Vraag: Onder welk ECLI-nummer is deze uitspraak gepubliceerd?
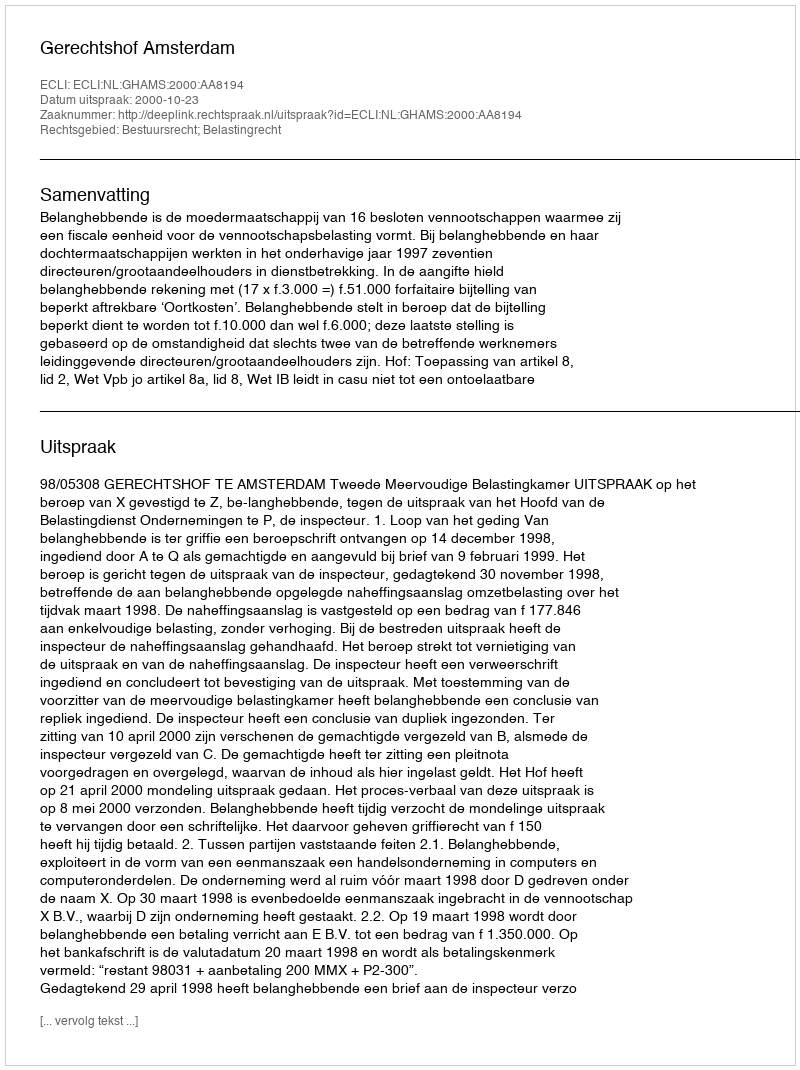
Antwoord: ECLI:NL:GHAMS:2000:AA8194